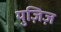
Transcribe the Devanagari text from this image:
युज़िज़